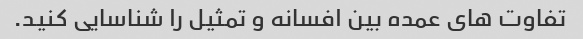
تفاوت های عمده بین افسانه و تمثیل را شناسایی کنید.